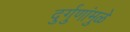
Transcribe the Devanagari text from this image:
दुर्गुणांमुळे